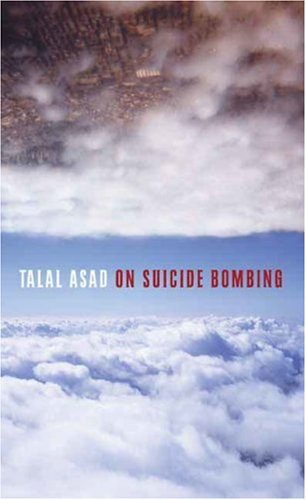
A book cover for On Suicide Bombing (The Wellek Library Lectures); Talal Asad; Self-Help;